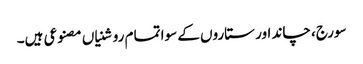
سورج، چاند اور ستاروں کے سوا تمام روشنیاں مصنوعی ہیں۔